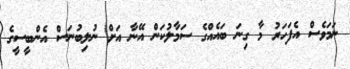
ނަމަވެސް އެފަހަރު މާ ގިނަ ބައެއްގެ ސަމާލުކަން އޭނާ އަށް ނުލިބުނަސް އެންބީސީގެ